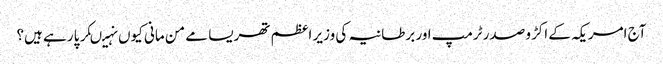
آج امریکہ کے اکڑو صدر ٹرمپ اور برطانیہ کی وزیر اعظم تھریسا مے من مانی کیوں نہیںکر پا رہے ہیں؟